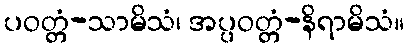
ပဝတ္တံ-သာမိသံ၊ အပ္ပဝတ္တံ-နိရာမိသံ။